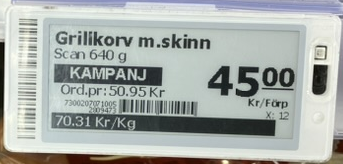
Vara: Grilikorv m.skinn
Genomsnittspris: 70.31 per kg